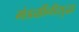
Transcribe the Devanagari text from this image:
मंडळींनीसुद्धा